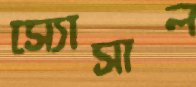
স্যোসাল